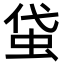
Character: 𧊇